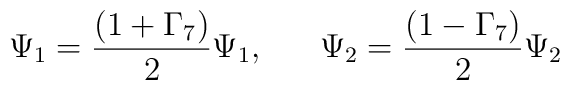
\Psi_1= \frac{(1+\Gamma_7)}{2}\Psi_1,~~~~~\Psi_2=\frac{(1-\Gamma_7)}{2}\Psi_2